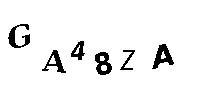
GA48ZA